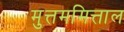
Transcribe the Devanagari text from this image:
मुत्तममित्ताल